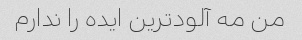
من مه آلودترین ایده را ندارم